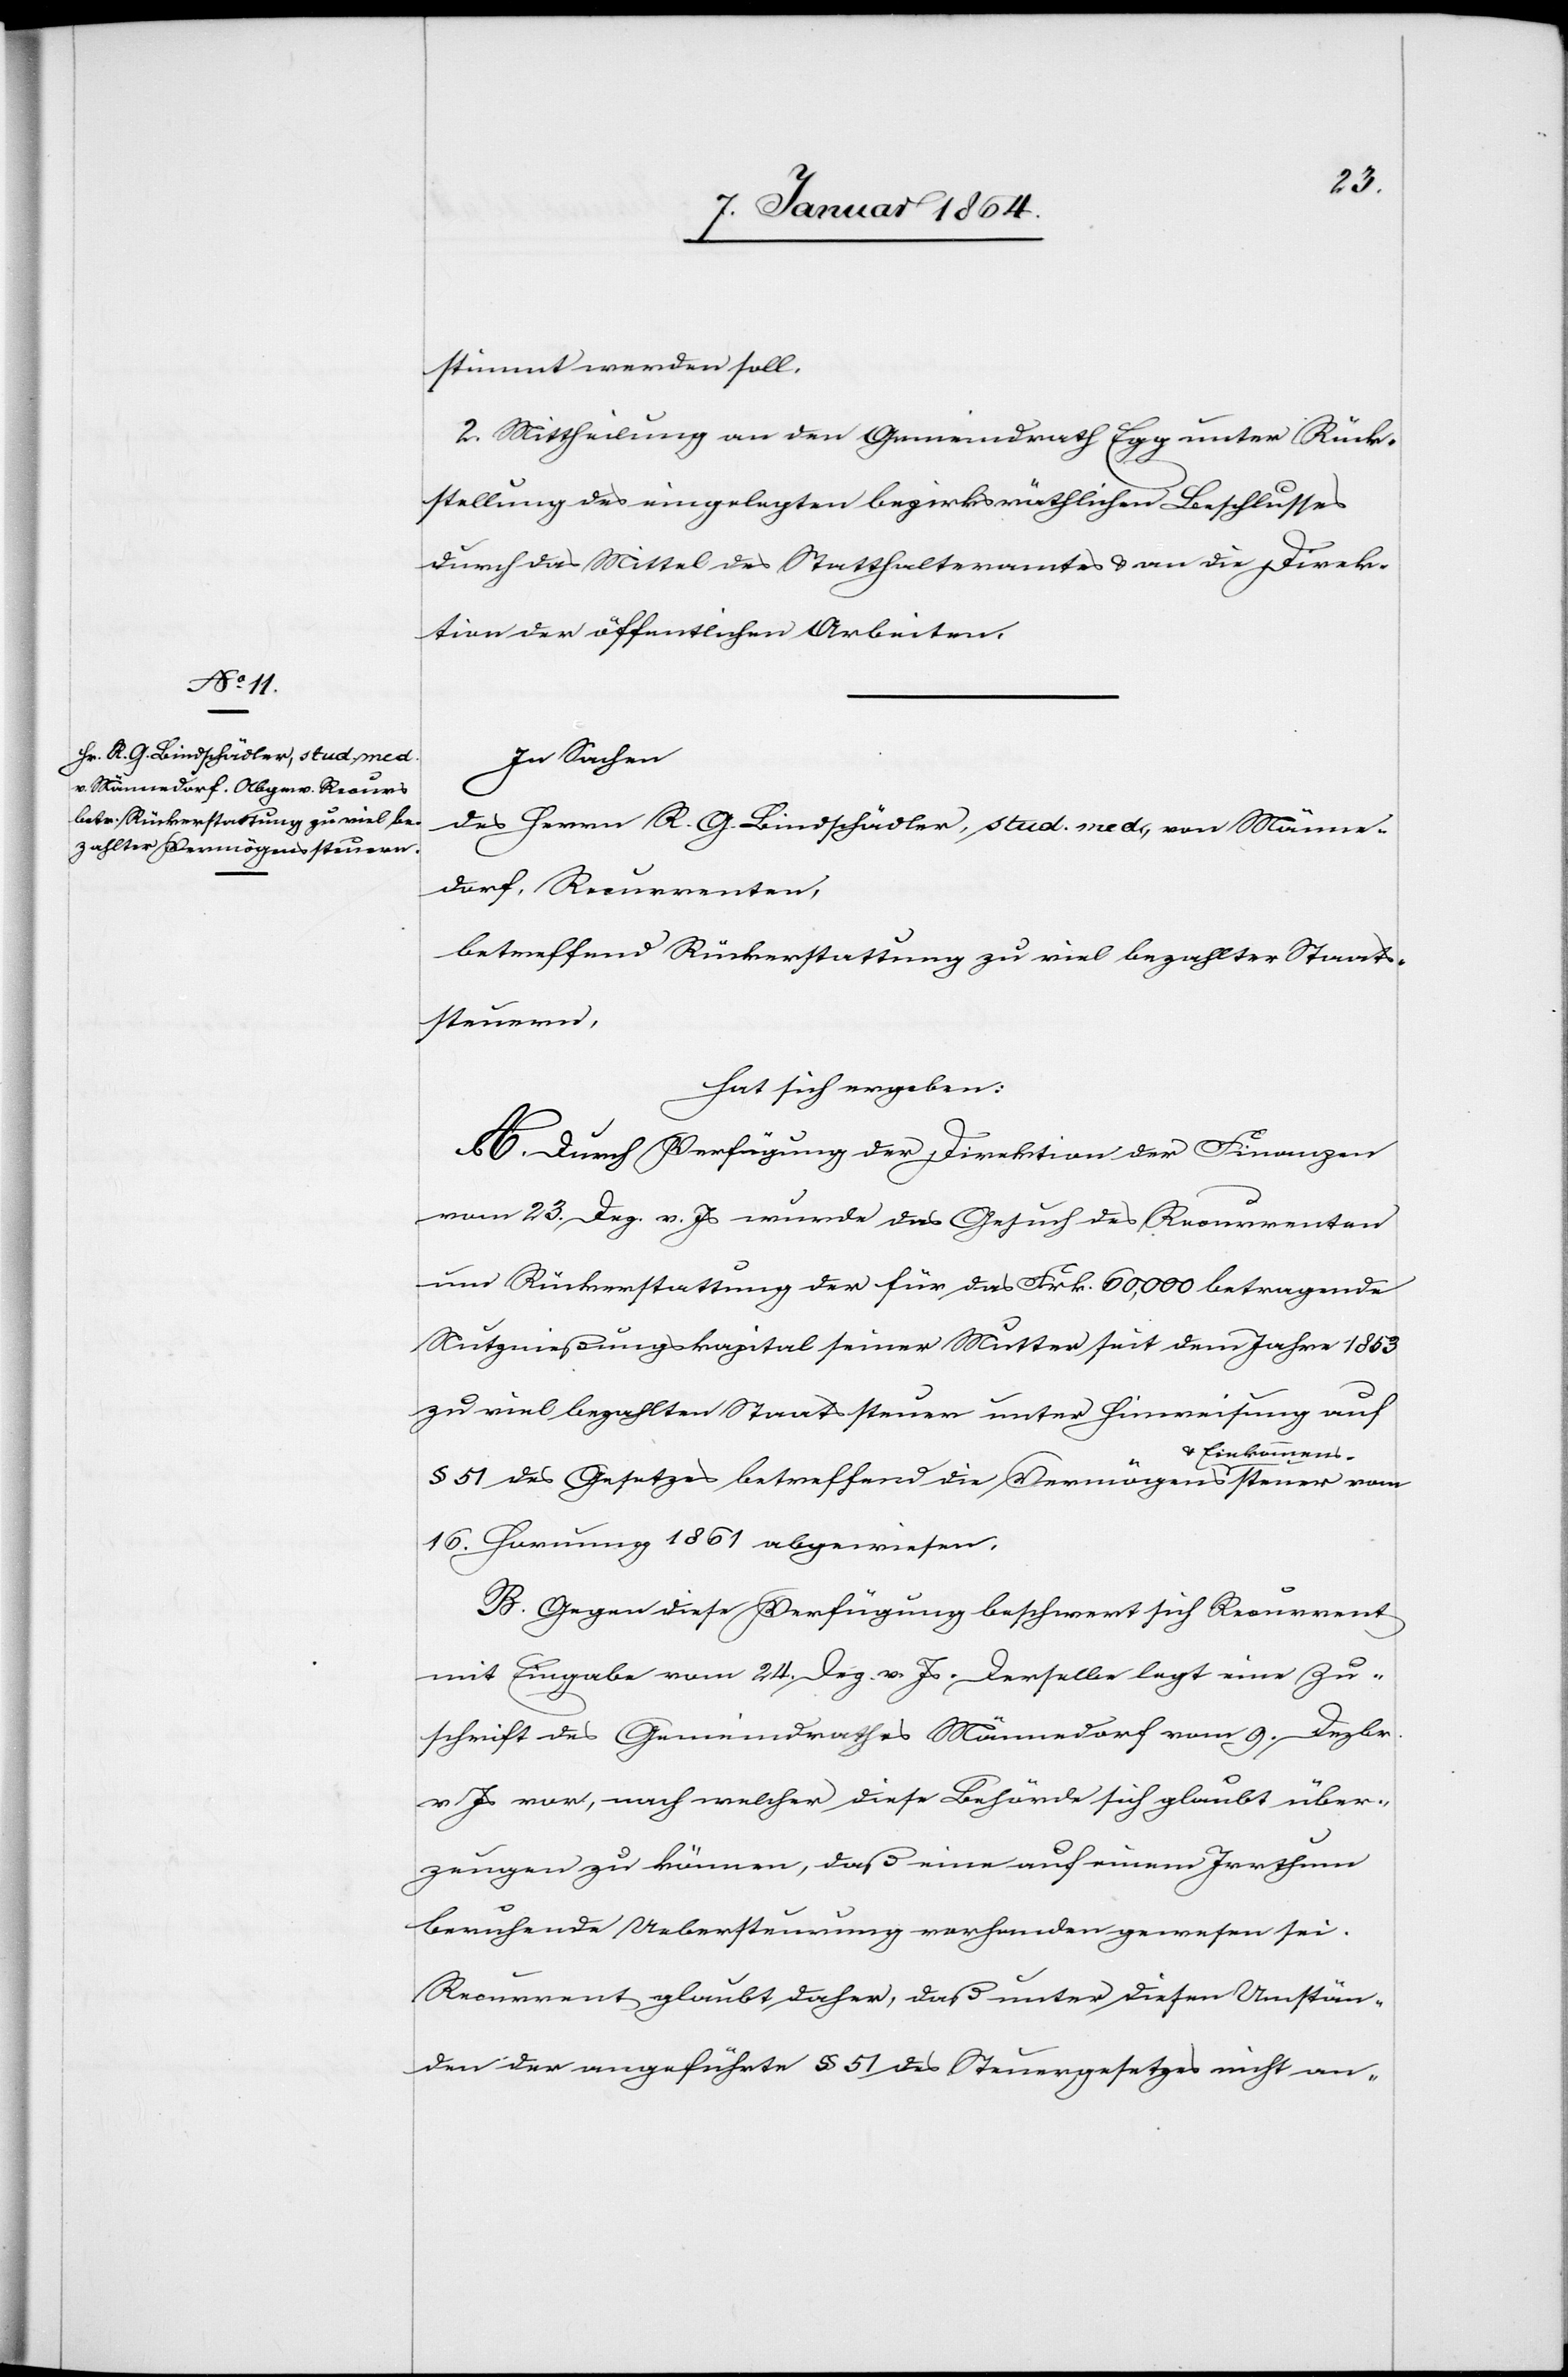
stimmt werden soll.
2. Mittheilung an den Gemeindrath Egg unter Rück¬
stellung des eingelegten bezirksräthlichen Beschlusses
durch das Mittel des Statthalteramtes u. an die Direk¬
tion der öffentlichen Arbeiten.
In Sachen
des Herrn R. G. Bindschädler, stud. med., von Männe¬
dorf, Recurrenten,
betreffend Rückerstattung zu viel bezahlter Staats¬
steuern,
hat sich ergeben:
A. Durch Verfügung der Direktion der Finanzen
vom 23. Dez. v. Js wurde das Gesuch des Recurrenten
um Rückerstattung der für das Frk. 60,000 betragende
Nutznießungskapital seiner Mutter seit dem Jahre 1853
zu viel bezahlten Staatsteuern unter Hinweisung auf
§ 51 des Gesetzes betreffend die Vermögens- u.
16 Hornung 1861 abgewiesen.
B. Gegen diese Verfügung beschwert sich Recurrent
mit Eingabe vom 24. Dez. v. Js. Derselbe legt eine Zu¬
schrift des Gemeindrathes Männedorf vom 9. Dezbr.
v. Js., vor, nach welcher diese Behörde sich glaubt über¬
zeugen zu können, daß eine auf einem Irrthum
beruhende Uebersteurung vorhanden gewesen sei.
Recurrent glaubt daher, daß unter diesen Umstän¬
den der angeführte § 51 des Steuergesetzes nicht an-